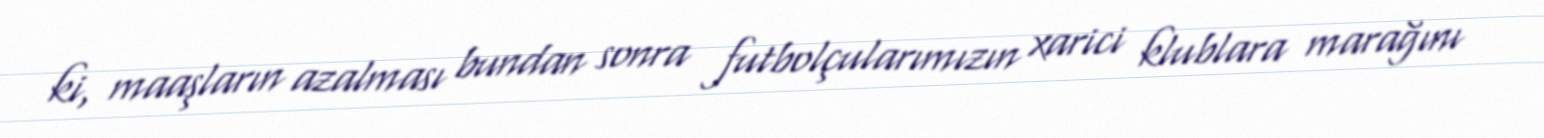
ki, maaşların azalması bundan sonra futbolçularımızın xarici klublara marağını